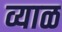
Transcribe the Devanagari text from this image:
व्याळ